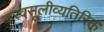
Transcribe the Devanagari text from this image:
करवसूलीव्यतिरिक्त